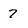
Character: 7